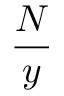
\frac { N } { y }